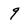
Character: 9